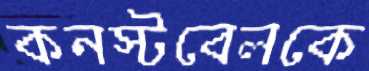
কনস্টবেলকে